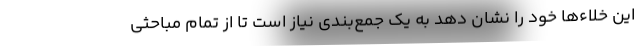
این خلاءها خود را نشان دهد به یک جمع‌بندی نیاز است تا از تمام مباحثی